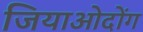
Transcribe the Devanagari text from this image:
जियाओदोंग